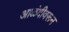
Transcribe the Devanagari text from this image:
आळंदीवरून